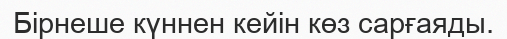
Бірнеше күннен кейін көз сарғаяды.